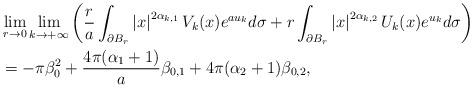
LaTeX: \begin{align*}\begin{aligned}&\lim_{r\to 0}\lim_{k\to+\infty}\left(\frac{r}{a}\int_{\partial B_{r}}\left|x\right|^{2\alpha_{k,1}}V_{k}(x)e^{au_k}d\sigma+r\int_{\partial B_{r}}\left|x\right|^{2\alpha_{k,2}}U_{k}(x)e^{u_k}d\sigma\right)\\&=-\pi\beta^{2}_{0}+\frac{4\pi(\alpha_{1}+1)}{a}\beta_{0,1}+4\pi(\alpha_2+1)\beta_{0,2},\end{aligned}\end{align*}